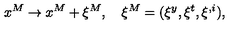
x ^ { M } \to x ^ { M } + \xi ^ { M } , \quad \xi ^ { M } = ( \xi ^ { y } , \xi ^ { t } , \xi ^ { , i } ) ,